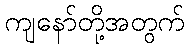
ကျနော်တို့အတွက်